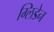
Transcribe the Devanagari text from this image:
ग्लिडेन